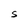
Character: S